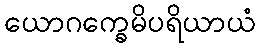
ယောဂက္ခေမိပရိယာယံ